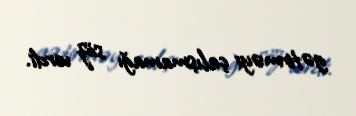
gətirməyi çalışmamağı söz verdi.